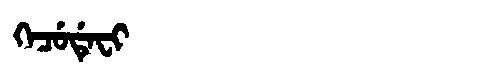
Manchu: ᡴᡝᠴᡠᡩᡝᠸᡳ
Romanization: KECUDEFI